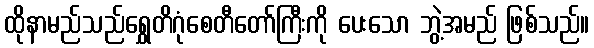
ထိုနာမည်သည်ရွှေတိဂုံစေတီတော်ကြီးကို ပေးသော ဘွဲ့အမည် ဖြစ်သည်။